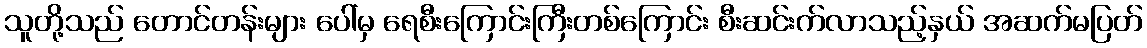
သူတို့သည် တောင်တန်းများ ပေါ်မှ ရေစီးကြောင်းကြီးတစ်ကြောင်း စီးဆင်းက်လာသည့်နှယ် အဆက်မပြတ်